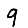
Digit: 9